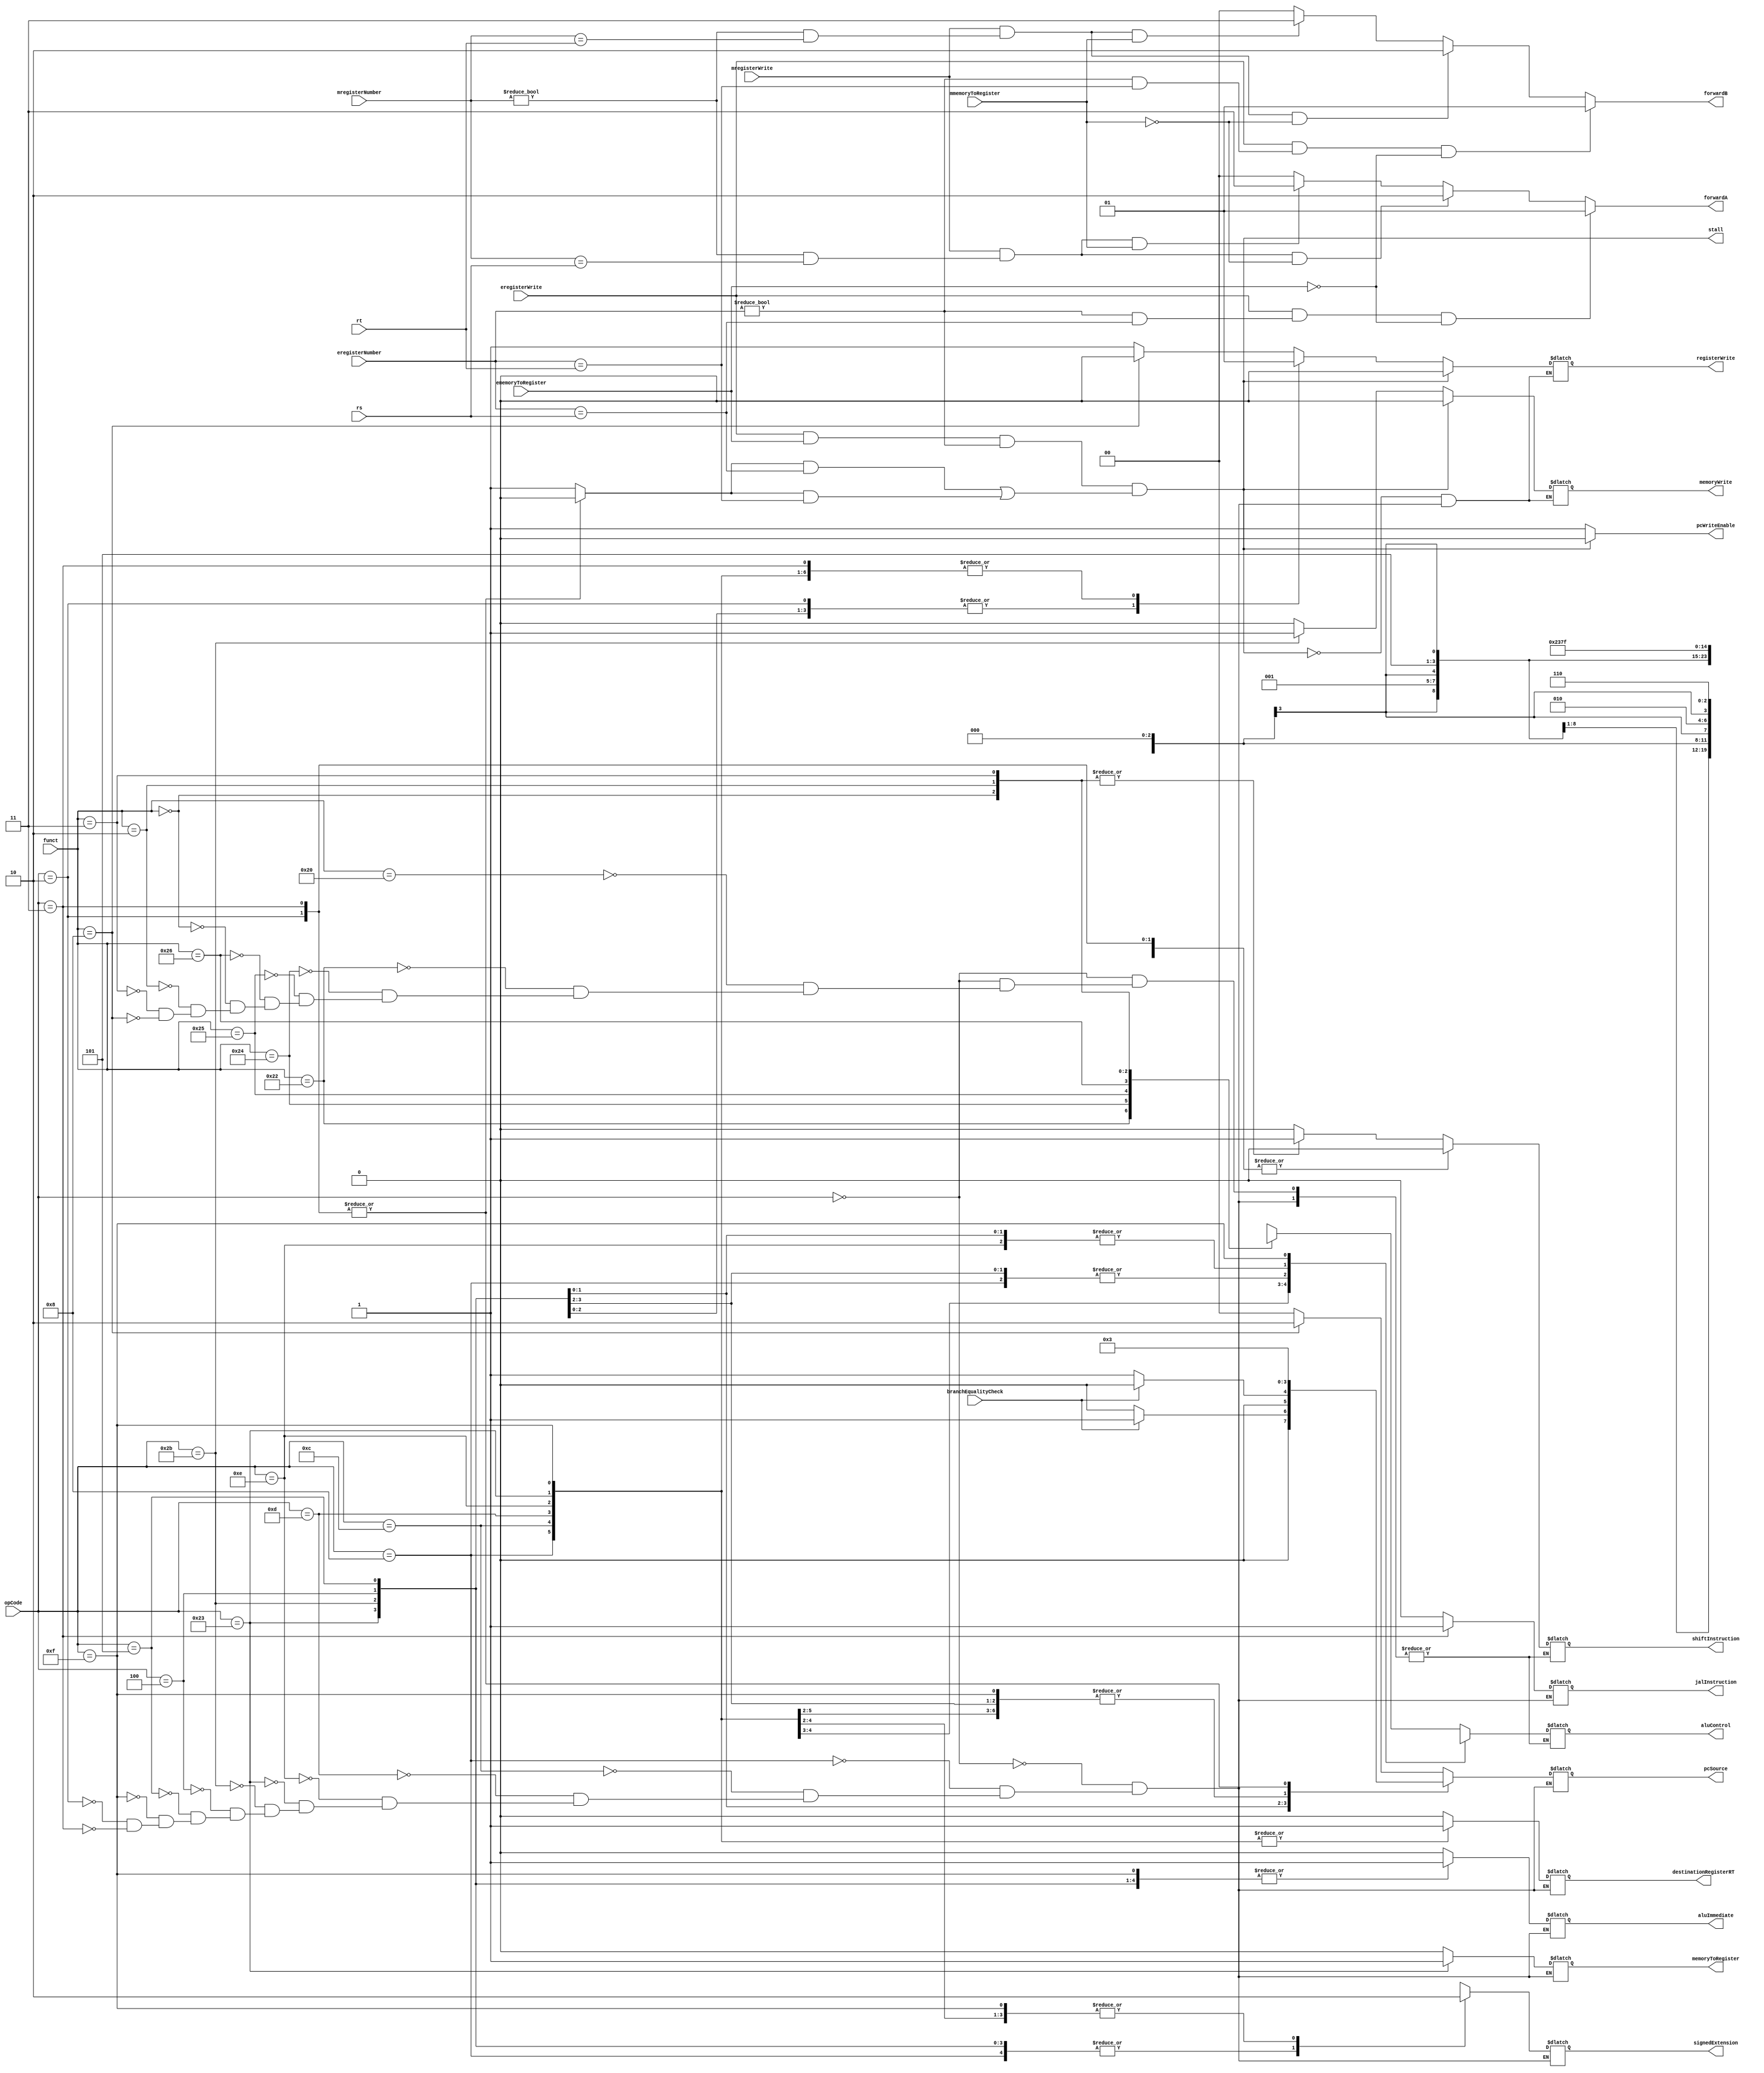
`timescale 1ns / 1ps
////////////////////////////////////////////////////////////////////////////////
// Module Name: Control Unit
// Instruction Stage: Instruction Decode
//
// Description: Determines which MIPS instruction is being processed, and
//              outputs corresponding signals into other portions of the
//              datapath. Contains the control unit for the arithmetic logic
//              unit as well.
//              The control unit also calculates stalls and forwarding enable
//              signals in order to prevent hazards in instruction execution.
////////////////////////////////////////////////////////////////////////////////

// RegisterWrite and memoryWrite signals are semi redundant, and might be simplified?
// Opcode could also be passed through pipelines to simplify stall calculation.
module ControlUnit(
    // Inputs
    input [5:0] opCode,                 // Instruction signals
    input [5:0] funct,
    input [4:0] rs,
    input [4:0] rt,
    input [4:0] mregisterNumber,        // Memory access signals
    input mmemoryToRegister,
    input mregisterWrite,
    input [4:0] eregisterNumber,        // Execution signals
    input ememoryToRegister,
    input eregisterWrite,
    input branchEqualityCheck,
    // Outputs
    output reg stall,                   // Whether there currently is a lw data dependency stall
    output reg [1:0] pcSource,          // pcsrc:  NextPCMux selector
    output reg pcWriteEnable,           // wpcir:  Enables pipeline registers PC and IF_ID
    output reg registerWrite,           // wreg:   Whether data is written out to a register
    output reg memoryToRegister,        // m2reg:  Whether data output to registers is from ALU or memory
    output reg memoryWrite,             // wmem:   Whether data is written to memory
    output reg jalInstruction,          // jal:    Whether the instruction is type jal
    output reg [3:0] aluControl,        // aluc:   ALU control signals (comprised of ALUOp and ALUControl)
    output reg aluImmediate,            // aluimm: Whether the instruction uses the immediate section
    output reg shiftInstruction,        // shift:  Whether the shift amount is used instead of the loaded register
    output reg destinationRegisterRT,   // regrt:  Whether the destination register is RT
    output reg signedExtension,         // sext:   Whether the immediate value to extend is signed
    output reg [1:0] forwardB,          // fwdb:   ForwardMux selector for input B
    output reg [1:0] forwardA           // fwda:   ForwardMux selector for input A
    );

    // Signals stating whether rs and rt registers are used
    reg isRSUsed, isRTUsed; // TODO: These values are redundant, as RS/RT are always used in conjunction

    initial begin
        pcSource = 2'b00; // Select the PC adder
        pcWriteEnable = 1;
    end

    always @(*) begin
        // * MIPS Instruction signal encoding
        case(opCode)
            // r-format ////////////////////////////////////////////////////////
            6'b000000: begin
                // All r-format instructions have the same signals here.
                pcSource = 2'b00;
                registerWrite = 1;
                memoryToRegister = 0;
                memoryWrite = 0;
                jalInstruction = 0;
                aluImmediate = 0;
                destinationRegisterRT = 0;
                signedExtension = 1'bx; // We're not using the extension
                isRSUsed = 1;
                isRTUsed = 1;

                // ALU control is determined based on the funct code.
                case(funct)
                    6'b100000: begin // add: register add
                        aluControl = 4'bx000;
                        shiftInstruction = 0;
                    end
                    6'b100010: begin // sub: register subtract
                        aluControl = 4'bx100;
                        shiftInstruction = 0;
                    end
                    6'b100100: begin // and: register AND
                        aluControl = 4'bx001;
                        shiftInstruction = 0;
                    end
                    6'b100101: begin // or: register OR
                        aluControl = 4'bx101;
                        shiftInstruction = 0;
                    end
                    6'b100110: begin // xor: register XOR
                        aluControl = 4'bx010;
                        shiftInstruction = 0;
                    end
                    6'b000000: begin // sll: shift left
                        aluControl = 4'b0011;
                        shiftInstruction = 1;
                    end
                    6'b000010: begin // srl: logical shift right
                        aluControl = 4'b0111;
                        shiftInstruction = 1;
                    end
                    6'b000011: begin // sra: arithmetic shift right
                        aluControl = 4'b1111;
                        shiftInstruction = 1;
                    end
                    6'b001000: begin // jr: register jump
                        pcSource = 2'b10;
                        aluControl = 4'bxxxx; // Doesn't matter
                        registerWrite = 0; // NEVER write in jr, will write to $zero
                        shiftInstruction = 0;
                    end
                    // TODO: This is intrinsically useless
                    6'b000000: begin // nop: no operation
                        pcSource = 2'b00;
                        registerWrite = 0;
                        memoryToRegister = 1'bx;
                        memoryWrite = 0;
                        jalInstruction = 0;
                        aluControl = 4'bxxxx; // Doesn't matter
                        aluImmediate = 1'bx;
                        shiftInstruction = 1'bx;
                        destinationRegisterRT = 1'bx;
                        signedExtension = 1'bx;
                        isRSUsed = 0;
                        isRTUsed = 0;
                    end
                endcase
            end
            // i-format ////////////////////////////////////////////////////////
            6'b001000: begin // addi: immediate add
                pcSource = 2'b00;
                registerWrite = 1;
                memoryToRegister = 0;
                memoryWrite = 0;
                jalInstruction = 0;
                aluControl = 4'bx000; // ADD
                aluImmediate = 1;
                shiftInstruction = 0;
                destinationRegisterRT = 1;
                signedExtension = 1;
                isRSUsed = 1;
                isRTUsed = 1;
            end
            6'b001100: begin // andi: immediate AND
                pcSource = 2'b00;
                registerWrite = 1;
                memoryToRegister = 0;
                memoryWrite = 0;
                jalInstruction = 0;
                aluControl = 4'bx001; // AND
                aluImmediate = 1;
                shiftInstruction = 0;
                destinationRegisterRT = 1;
                signedExtension = 0;
                isRSUsed = 1;
                isRTUsed = 1;
            end
            6'b001101: begin // ori: immediate OR
                pcSource = 2'b00;
                registerWrite = 1;
                memoryToRegister = 0;
                memoryWrite = 0;
                jalInstruction = 0;
                aluControl = 4'bx101; // OR
                aluImmediate = 1;
                shiftInstruction = 0;
                destinationRegisterRT = 1;
                signedExtension = 0;
                isRSUsed = 1;
                isRTUsed = 1;
            end
            6'b001110: begin // xori: immediate XOR
                pcSource = 2'b00;
                registerWrite = 1;
                memoryToRegister = 0;
                memoryWrite = 0;
                jalInstruction = 0;
                aluControl = 4'bx010; // XOR
                aluImmediate = 1;
                shiftInstruction = 0;
                destinationRegisterRT = 1;
                signedExtension = 0;
                isRSUsed = 1;
                isRTUsed = 1;
            end
            6'b100011: begin // lw: load memory word
                pcSource = 2'b00;
                registerWrite = 1;
                memoryToRegister = 1;
                memoryWrite = 0;
                jalInstruction = 0;
                aluControl = 4'bx000; // ADD
                aluImmediate = 1;
                shiftInstruction = 0;
                destinationRegisterRT = 1;
                signedExtension = 1;
                isRSUsed = 1;
                isRTUsed = 1;
            end
            6'b101011: begin // sw: store memory word
                pcSource = 2'b00;
                registerWrite = 0;
                memoryToRegister = 1'bx;
                memoryWrite = 1;
                jalInstruction = 0;
                aluControl = 4'bx000; // ADD
                aluImmediate = 1;
                shiftInstruction = 0;
                destinationRegisterRT = 1'bx;
                signedExtension = 1;
                isRSUsed = 1;
                isRTUsed = 1;
            end
            6'b000100: begin // beq: branch on equal
                if (branchEqualityCheck) pcSource = 2'b01;
                else pcSource = 2'b00;
                registerWrite = 0;
                memoryToRegister = 1'bx;
                memoryWrite = 0;
                jalInstruction = 0;
                aluControl = 4'bx010; // XOR
                aluImmediate = 1;
                shiftInstruction = 0;
                destinationRegisterRT = 1'bx;
                signedExtension = 1;
                isRSUsed = 1;
                isRTUsed = 1;
            end
            6'b000101: begin // bne: branch on not equal
                if (~branchEqualityCheck) pcSource = 2'b01;
                else pcSource = 2'b00;
                registerWrite = 0;
                memoryToRegister = 1'bx;
                memoryWrite = 0;
                jalInstruction = 0;
                aluControl = 4'bx010; // XOR
                aluImmediate = 1;
                shiftInstruction = 0;
                destinationRegisterRT = 1'bx;
                signedExtension = 1;
                isRSUsed = 1;
                isRTUsed = 1;
            end
            6'b001111: begin // lui: load upper immediate
                pcSource = 2'b00;
                registerWrite = 1;
                memoryToRegister = 0;
                memoryWrite = 0;
                jalInstruction = 0;
                aluControl = 4'bx110; // LUI
                aluImmediate = 1;
                shiftInstruction = 0;
                destinationRegisterRT = 1;
                signedExtension = 0;
                isRSUsed = 1;
                isRTUsed = 1;
            end
            // j-format ////////////////////////////////////////////////////////
            6'b000010: begin // j: jump
                pcSource = 2'b11;
                registerWrite = 0;
                memoryToRegister = 1'bx;
                memoryWrite = 0;
                jalInstruction = 0;
                aluControl = 4'bxxxx; // Don't care
                aluImmediate = 1'bx;
                shiftInstruction = 0;
                destinationRegisterRT = 1'bx;
                signedExtension = 1'bx;
                isRSUsed = 0;
                isRTUsed = 0;
            end
            6'b000011: begin // jal: jump and link (call)
                pcSource = 2'b11;
                registerWrite = 1; // JAL should write to $ra
                memoryToRegister = 1'bx;
                memoryWrite = 0;
                jalInstruction = 1;
                aluControl = 4'bxxxx; // Don't care
                aluImmediate = 1'bx;
                shiftInstruction = 0;
                destinationRegisterRT = 1'bx;
                signedExtension = 1'bx;
                isRSUsed = 0;
                isRTUsed = 0;
            end
        endcase

        // * Stall calculation
        // A stall occurs when an instruction uses data loaded from a previous
        //  lw instruction. We can check whether a load word instruction exists
        //  if it writes data to a register and loads that data from memory.
        // An lui instruction should trigger a stall as well.

        // In execution, if load word instruction writes to the current register
        //  rs or rt...
        // TODO: This can be simplified (with the boolean logic around isRSRTUsed)
        stall = eregisterWrite & ememoryToRegister & (eregisterNumber != 0) & ((isRSUsed & (eregisterNumber == rs)) | (isRTUsed & (eregisterNumber == rt)));
        // There will be a stall. In which case...
        if (stall) begin
            registerWrite = 0; // Do not write anything to any registers.
            memoryWrite = 0; // Do not write anything to memory.
            pcWriteEnable = 0;
        end else begin
            pcWriteEnable = 1;
        end
        // This 'cancels' our instructions.

        // * Forwarding calculation
        // All other hazards can be worked around using forwarding, or by our
        //  existing implementation of delayed branching and branch slots.

        // Forwarding for ALU input A
        // Default: No forwarding required.
        forwardA = 2'b00;
        // In execution stage, if the register will be written to, and that
        // register is the current RS, and the data isn't memory loaded to RS...
        if (eregisterWrite & ((eregisterNumber != 0) & (eregisterNumber == rs)) & ~ememoryToRegister) begin
            // Forward data from EXE to ALU.
            forwardA = 2'b01;
        end 
        // In memory access stage...
        else if (mregisterWrite & ((mregisterNumber != 0) & (mregisterNumber == rs)) & ~mmemoryToRegister) begin
            // Forward data from MEM to the ALU.
            forwardA = 2'b10;
        end
        // If lw instruction in memory access stage...
        else if (mregisterWrite & ((mregisterNumber != 0) & (mregisterNumber == rs)) & mmemoryToRegister) begin
            // Forward data from Data Memory Out to the ALU.
            forwardA = 2'b11;
        end

        // Forwarding for ALU input B
        // Default: No forwarding required.
        forwardB = 2'b00;
        // In execution stage, if the register will be written to, and that
        // register is the current RT, and the data isn't memory loaded to RT...
        if (eregisterWrite & ((eregisterNumber != 0) & (eregisterNumber == rt)) & ~ememoryToRegister) begin
            // Forward data from EXE to ALU.
            forwardB = 2'b01;
        end 
        // In memory access stage...
        else if (mregisterWrite & ((mregisterNumber != 0) & (mregisterNumber == rt)) & ~mmemoryToRegister) begin
            // Forward data from MEM to the ALU.
            forwardB = 2'b10;
        end
        // If lw instruction in memory access stage...
        else if (mregisterWrite & ((mregisterNumber != 0) & (mregisterNumber == rt)) & mmemoryToRegister) begin
            // Forward data from Data Memory Out to the ALU.
            forwardB = 2'b11;
        end
    end
endmodule